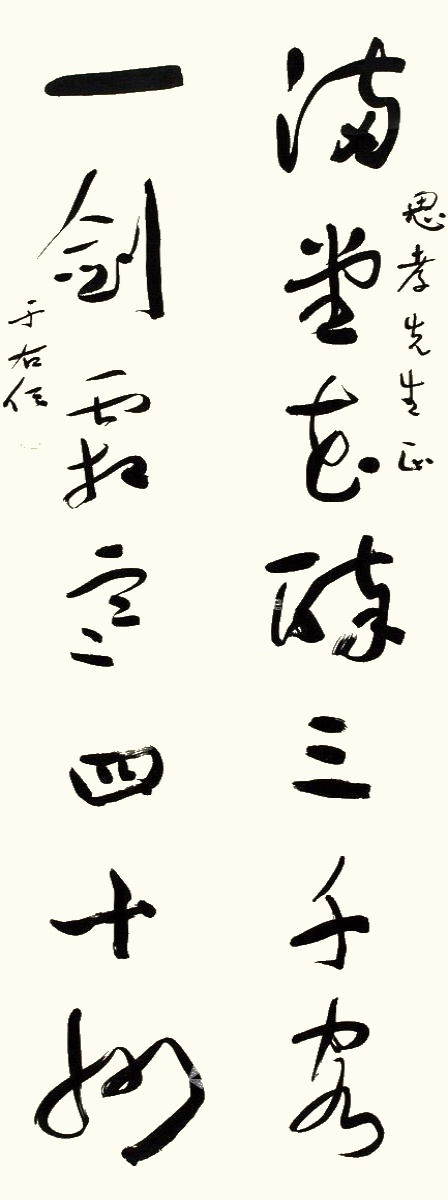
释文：满堂花醉三千客，一剑霜寒四十州。思孝先生正，于右任。